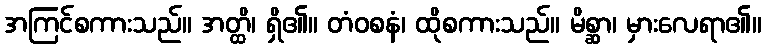
အကြင်စကားသည်။ အတ္ထိ၊ ရှိ၏။ တံဝစနံ၊ ထိုစကားသည်။ မိစ္ဆာ၊ မှားလေရာ၏။